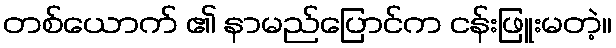
တစ်ယောက် ၏ နာမည်ပြောင်က ငန်းဖြူးမတဲ့။